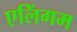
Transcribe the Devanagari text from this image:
एलिंगम